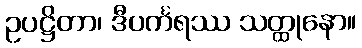
ဥပဋ္ဌိတာ၊ ဒီပင်္ကရဿ သတ္ထုနော။